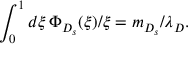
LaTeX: \int _ { 0 } ^ { 1 } d \xi \, \Phi _ { D _ { s } } ( \xi ) / \xi = m _ { D _ { s } } / \lambda _ { D } .